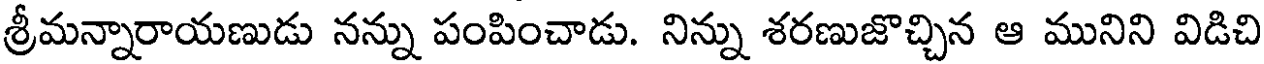
శ్రీమన్నారాయణుడు నన్ను పంపించాడు. నిన్ను శరణుజొచ్చిన ఆ మునిని విడిచి